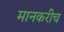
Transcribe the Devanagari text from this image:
मानकरीच